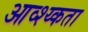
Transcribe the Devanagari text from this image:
आव्श्य्कता